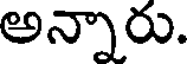
అన్నారు.